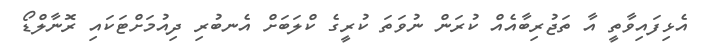
އެޅިފައިވާތީ އާ ތަޖުރިބާއެއް ކުރަން ނުވަތަ ކުރީގެ ކްލަބަށް އެނބުރި ދިއުމަށްޓަކައި ރޮނާލްޑޯ